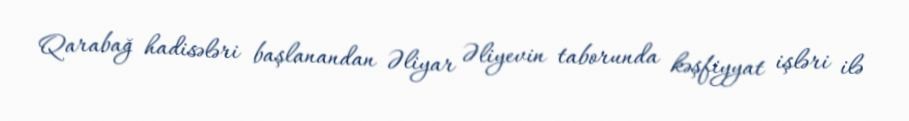
Qarabağ hadisələri başlanandan Əliyar Əliyevin taborunda kəşfiyyat işləri ilə